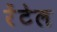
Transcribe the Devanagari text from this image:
रेंटेल